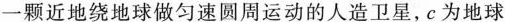
一颗近地绕地球做匀速圆周运动的人造卫星，c为地球